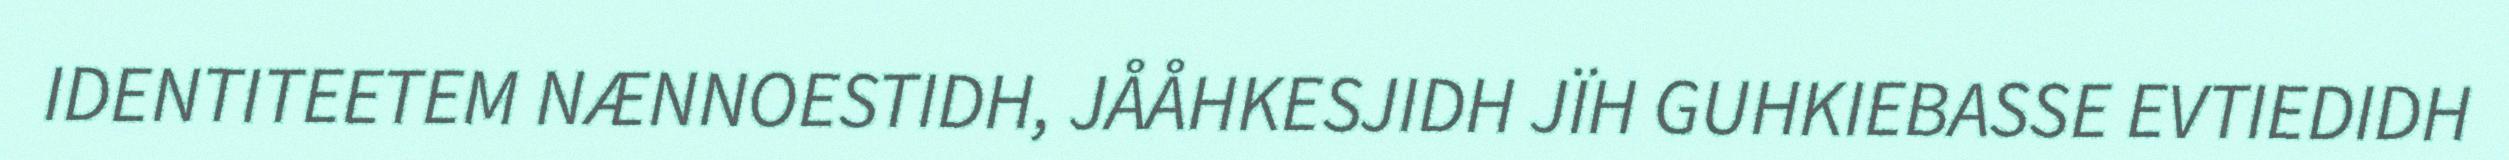
IDENTITEETEM NÆNNOESTIDH, JÅÅHKESJIDH JÏH GUHKIEBASSE EVTIEDIDH